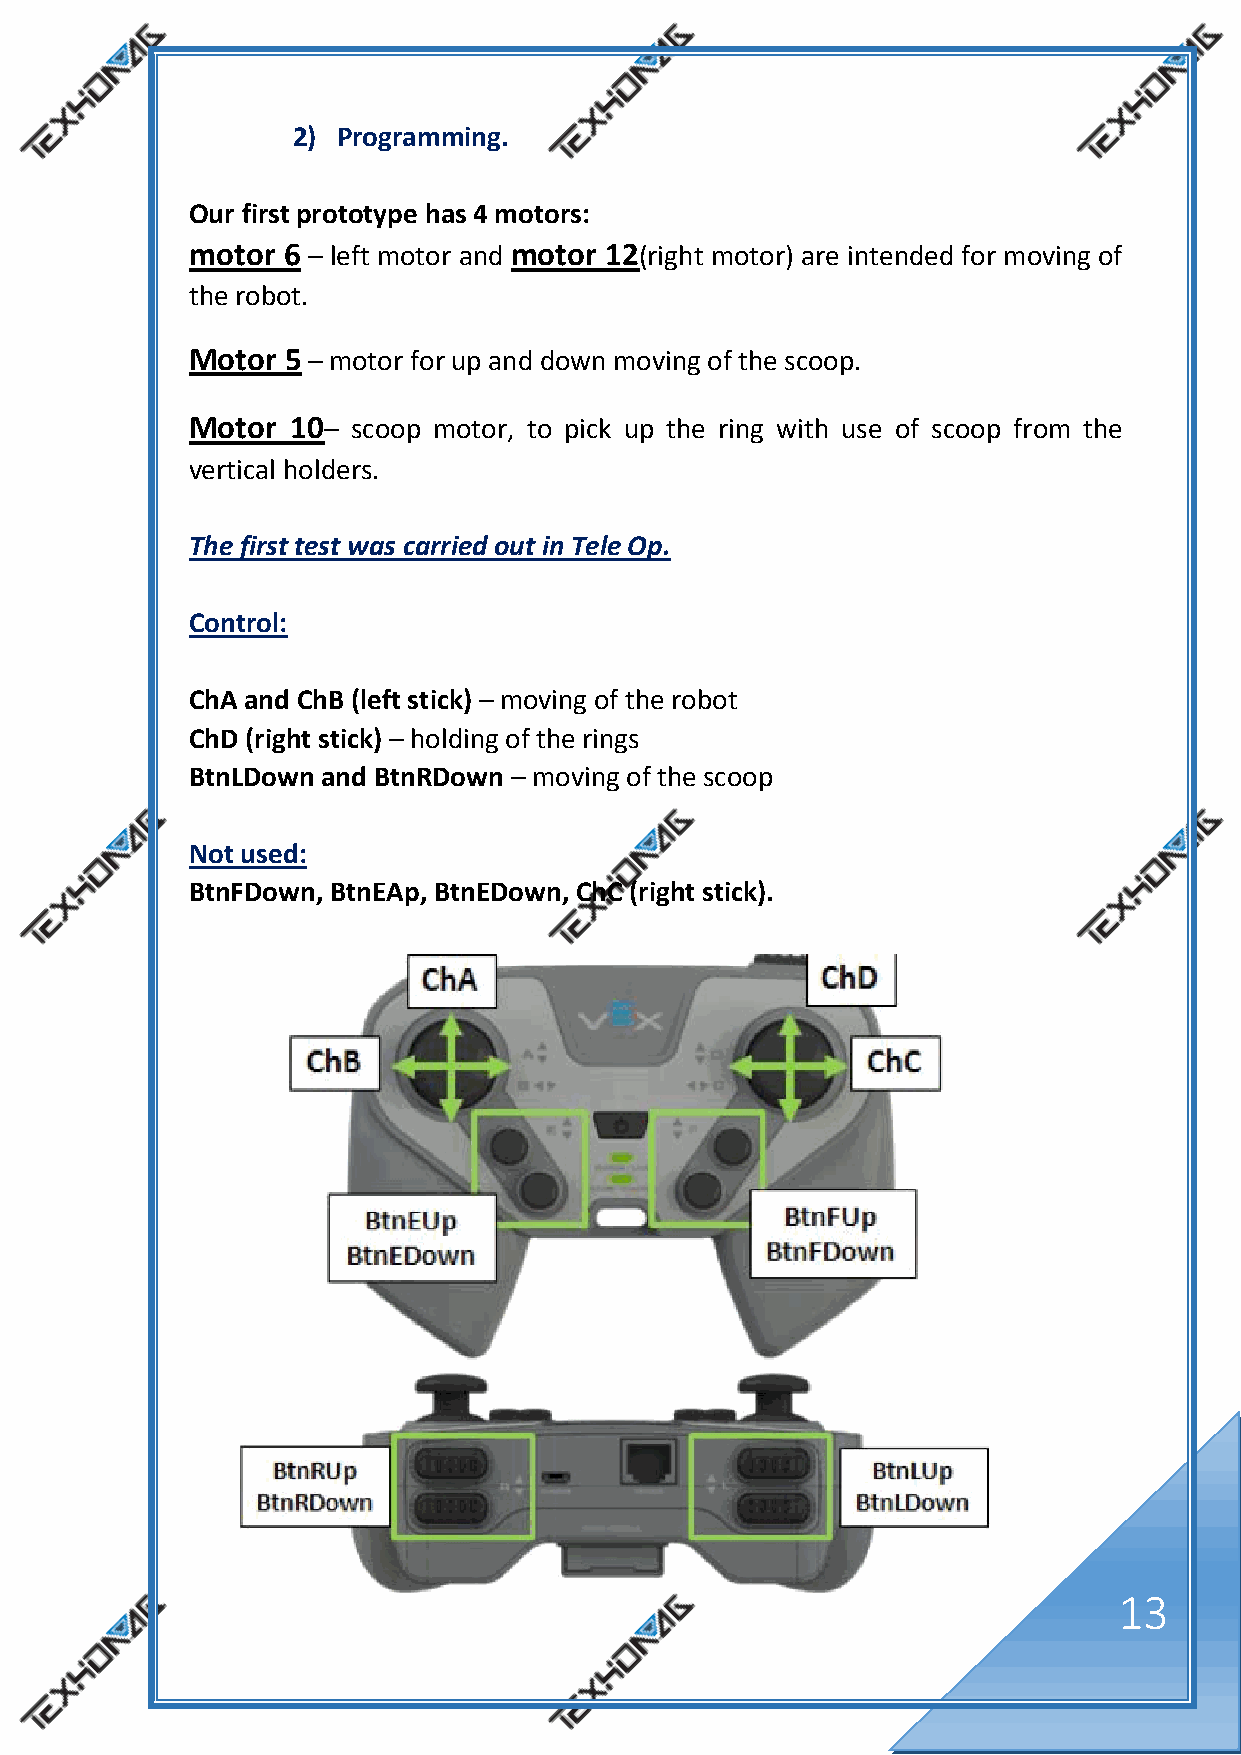
2) Programming.
 Our first prototype has 4 motors:
 motor 6 – left motor and motor 12(right motor) are intended for moving of
 the robot.
 Motor 5 – motor for up and down moving of the scoop.
 Motor 10– scoop motor, to pick up the ring with use of scoop from the
 vertical holders.
 The first test was carried out in Tele Op.
 Control:
 ChA and ChB (left stick) – moving of the robot
 ChD (right stick) – holding of the rings
 BtnLDown and BtnRDown – moving of the scoop
 Not used:
 BtnFDown, BtnEAp, BtnEDown, ChC (right stick).
 13